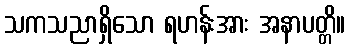
သကသညာရှိသော ရဟန်းအား အနာပတ္တိ။